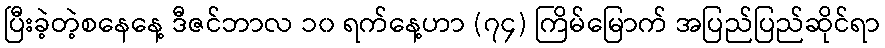
ပြီးခဲ့တဲ့စနေနေ့ ဒီဇင်ဘာလ ၁၀ ရက်နေ့ဟာ (၇၄) ကြိမ်မြောက် အပြည်ပြည်ဆိုင်ရာ